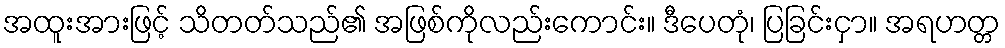
အထူးအားဖြင့် သိတတ်သည်၏ အဖြစ်ကိုလည်းကောင်း။ ဒီပေတုံ၊ ပြခြင်းငှာ။ အရဟတ္တ